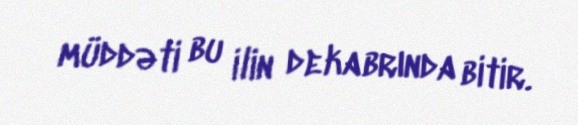
müddəti bu ilin dekabrında bitir.